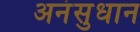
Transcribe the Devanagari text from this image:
अनंसुधान